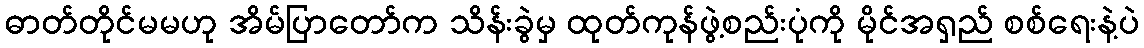
ဓာတ်တိုင်မမဟု အိမ်ပြာတော်က သိန်းခွဲမှ ထုတ်ကုန်ဖွဲ့စည်းပုံကို မိုင်အရှည် စစ်ရေးနဲ့ပဲ